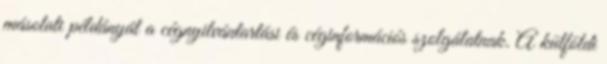
másolati példányát a cégnyilvántartási és céginformációs szolgálatnak. A külföldi